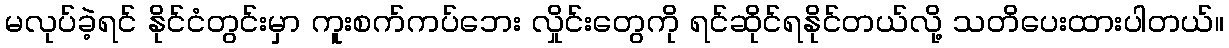
မလုပ်ခဲ့ရင် နိုင်ငံတွင်းမှာ ကူးစက်ကပ်ဘေး လှိုင်းတွေကို ရင်ဆိုင်ရနိုင်တယ်လို့ သတိပေးထားပါတယ်။